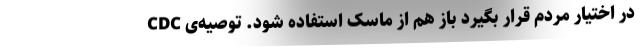
در اختیار مردم قرار بگیرد باز هم از ماسک استفاده شود. توصیه‌ی CDC